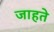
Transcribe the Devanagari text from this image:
जाहते